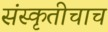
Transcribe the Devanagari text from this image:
संस्कृतीचाच